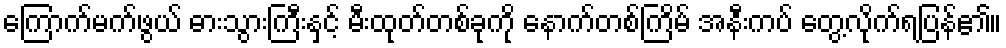
ကြောက်မက်ဖွယ် ဓားသွားကြီးနှင့် မီးထုတ်တစ်ခုကို နောက်တစ်ကြိမ် အနီးကပ် တွေ့လိုက်ရပြန်၏။